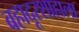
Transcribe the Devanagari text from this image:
बहादूरशाहाला